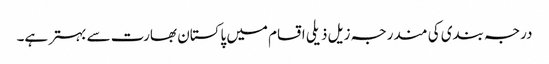
درجہ بندی کی مندرجہ زیل ذیلی اقسام میں پاکستان بھارت سے بہتر ہے۔